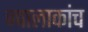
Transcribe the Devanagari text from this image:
ज्वालाकांच